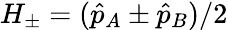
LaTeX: H_{\pm}=(\hat{p}_{A}\pm\hat{p}_{B})/2